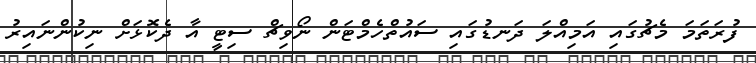
ފުރަތަމަ މެޗުގައި އަމިއްލަ ދަނޑުގައި ސައުތްހެމްޓަން ނޯވިޗް ސިޓީ އާ ދެކޮޅަށް ނިކުންނައިރު